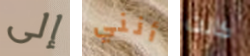
إلى أنني كانت